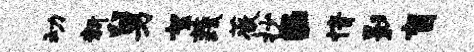
动新舅絮蔬薇抄E情影盲